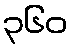
၃၆၀